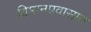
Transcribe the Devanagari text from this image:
विमानप्रवासात